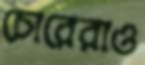
চোরেরাও